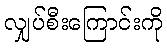
လျှပ်စီးကြောင်းကို